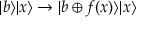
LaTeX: | b \rangle | x \rangle \to | b \oplus f ( x ) \rangle | x \rangle